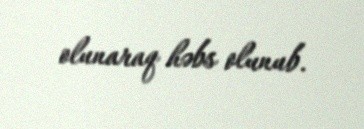
olunaraq həbs olunub.